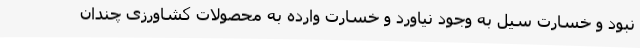
نبود و خسارت سیل به وجود نیاورد و خسارت وارده به محصولات کشاورزی چندان